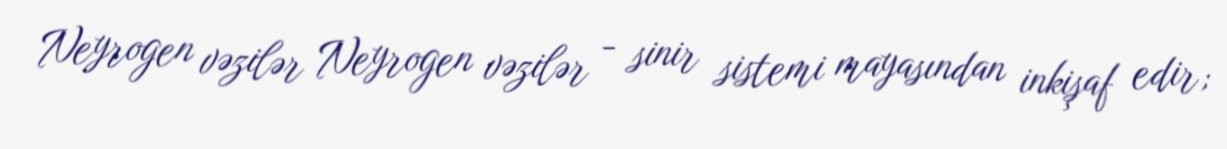
Neyrogen vəzilər Neyrogen vəzilər - sinir sistemi mayasından inkişaf edir;